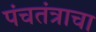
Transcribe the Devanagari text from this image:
पंचतंत्राचा